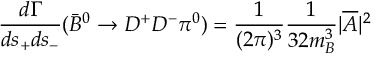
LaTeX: \frac { d \Gamma } { d s _ { + } d s _ { - } } ( { \bar { B } } ^ { 0 } \to D ^ { + } D ^ { - } \pi ^ { 0 } ) = { \frac { 1 } { ( 2 \pi ) ^ { 3 } } } { \frac { 1 } { 3 2 m _ { B } ^ { 3 } } } | { \overline { { { \cal A } } } } | ^ { 2 }